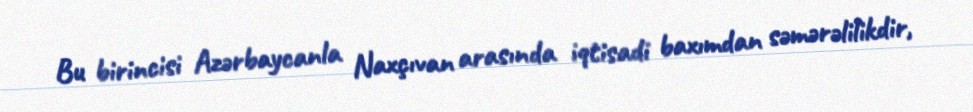
Bu birincisi Azərbaycanla Naxçıvan arasında iqtisadi baxımdan səmərəlilikdir,